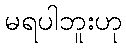
မရပါဘူးဟု